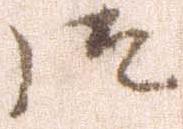
御